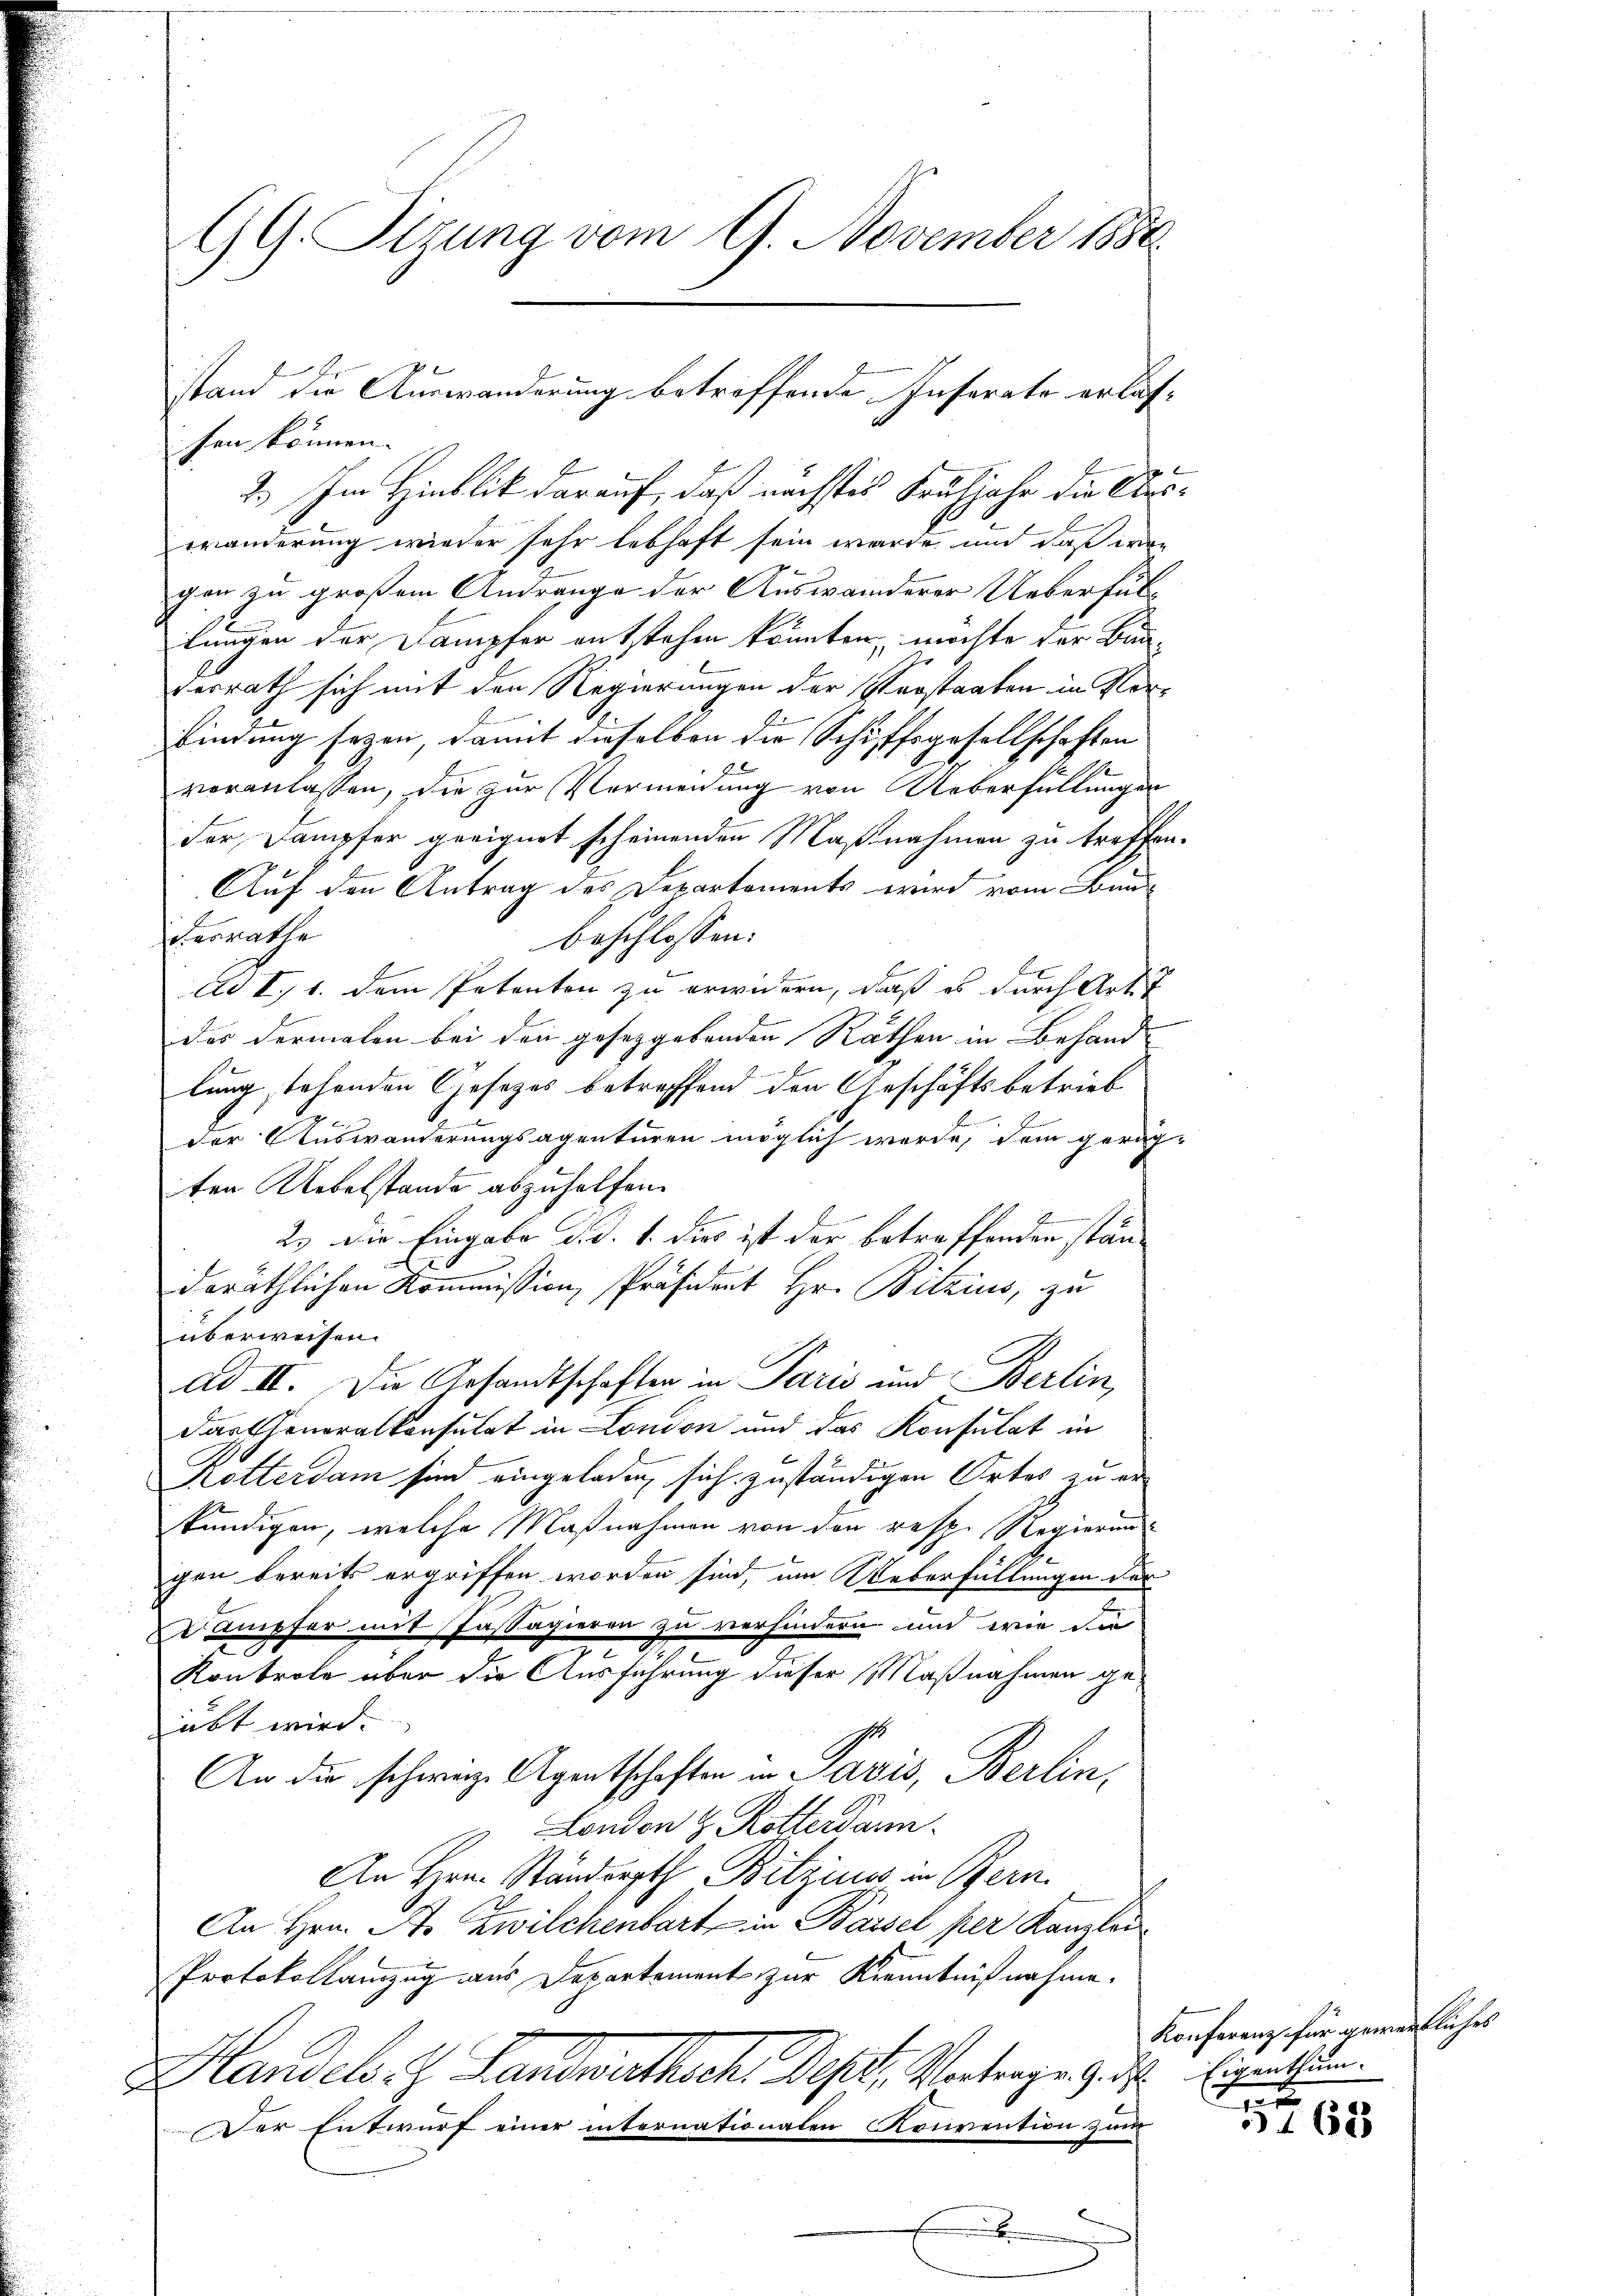
GG. Sizung vom 9. November 1880

fen können. |
2.) Im Hinblik darauf, daß nächstes Frühjahr die Auswänderung wieder sehr lebhaft sein werde, und daß irge
gen zu großem Andränge der Auswanderer Ueberfüllungen der Dampfer entstehen könnten, möchte der Bau-
desrath sich mit den Regierungen der Verstaaten in Vorbindung seyen, damit dieselben die Schiffsgesellschaften
veranlassen, die zur Vermeidung von Ueberfüllungen
der Dampfer geeignet scheinenden Maßnahmen zu treffen.
Auf den Antrag des Departements wird vom Baudesrathe
beschlossen:
Ad I, 1. dem Petenten zu erwidern, daß es durch Art
des dermalen bei den gesetzgebenden Rathen in Behande
lung stehenden Gesezes betreffend den Geschäftsbetrieb
der Auswanderungsagenturen möglich werde, dem gereg-
ten Uebelstande abzuhelfen.
2.) Die Eingabe d.d. 1. dies ist der betreffenden ständeräthlichen Kommission, Präsident Hr. Bilzius, zu
überweisen.
ad II. Die Gesandtschaften in Paris und Berlin,
dartheneralkonsulat in London und das Konsulat in
Rotterdam sind eingeladen, sich zuständigen Ortes zu erkündigen, welche Maßnahmen von den resp. Regierung
gen bereits ergriffen worden sind, um Ueberfüllungen der
Dr Empfer mit Passagieren zu verhindern und wie die
2
Kontrole über die Ausführung dieser Maßnahmen geübt wird.
1
An die schweiz. Agentschaften in Paris, Berlin,
London u. Rotterdann
An Hrn. Ständerath Bitzins in Bern.
An Hrn. A. Zwilchenbart in Bassel per Kanzlei
Protokollamzug aus Departement zur Kenntnißnahme.
Handels. J. Landwirthsch. Sept. Vertrage zur Eigenthun
Der Entwurf einer internationalen Konvention zum
e

stand die Auswanderung betreffende Inserate erlas¬

Konferenz für gewertliches
e

5168